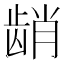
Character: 𬺆